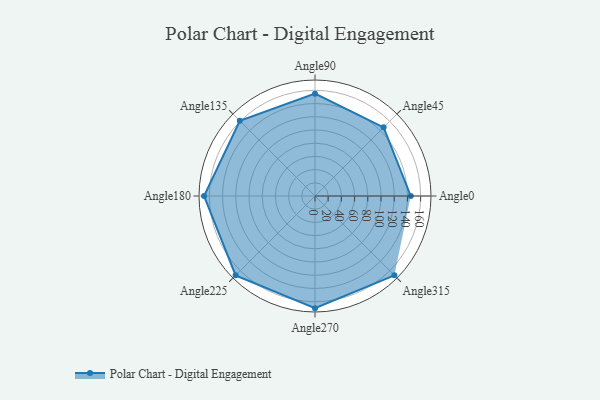
{"axis": {"x": "Angle", "y": "Radius"}, "legend": [""], "data": [{"x": "Angle0", "y": 145.0, "type": ""}, {"x": "Angle45", "y": 147.0, "type": ""}, {"x": "Angle90", "y": 155.0, "type": ""}, {"x": "Angle135", "y": 161.0, "type": ""}, {"x": "Angle180", "y": 168.0, "type": ""}, {"x": "Angle225", "y": 170, "type": ""}, {"x": "Angle270", "y": 170, "type": ""}, {"x": "Angle315", "y": 170, "type": ""}]}